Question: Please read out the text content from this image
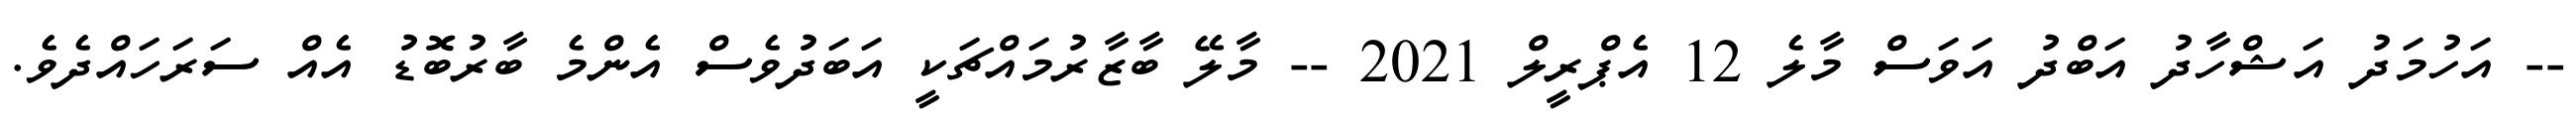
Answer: -- އަހުމަދު އަޝްހާދު އަބްދު އަވަސް މާލެ 12 އެޕްރީލް 2021 -- މާލޭ ބާޒާރުމައްޗަކީ އަބަދުވެސް އެންމެ ބާރުބޮޑު އެއް ސަރަހައްދެވެ.